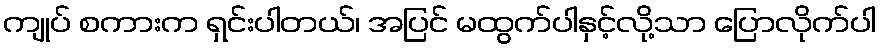
ကျုပ် စကားက ရှင်းပါတယ်၊ အပြင် မထွက်ပါနှင့်လို့သာ ပြောလိုက်ပါ